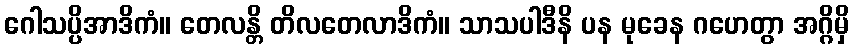
ဂေါသပ္ပိအာဒိကံ။ တေလန္တိ တိလတေလာဒိကံ။ သာသပါဒီနိ ပန မုခေန ဂဟေတွာ အဂ္ဂိမှိ